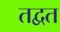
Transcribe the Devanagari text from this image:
तद्वत